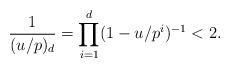
LaTeX: \begin{align*}\frac{1}{(u/p)_d} = \prod_{i=1}^{d} (1-u/p^i)^{-1} < 2.\end{align*}